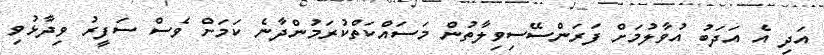
އަދި އެ އަދަބު އުވާލުމަށް ފަރަންސޭސިވިލާތުން މަސައްކަތްކުރަމުންދާނެ ކަމަށް ވެސް ސަފީރު ވިދާޅުވި